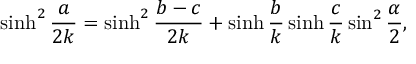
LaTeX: \sinh ^ { 2 } { \frac { a } { 2 k } } = \sinh ^ { 2 } { \frac { b - c } { 2 k } } + \sinh { \frac { b } { k } } \sinh { \frac { c } { k } } \sin ^ { 2 } { \frac { \alpha } { 2 } } ,